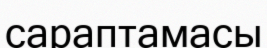
сараптамасы